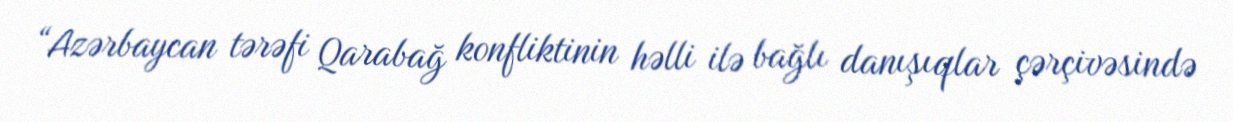
“Azərbaycan tərəfi Qarabağ konfliktinin həlli ilə bağlı danışıqlar çərçivəsində